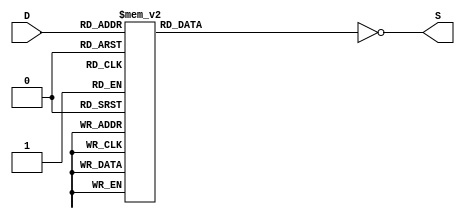
module bin_to_seven_seg(
	 output [6:0] S,
	 input [3:0] D
    );
		
	 reg [6:0] S2;
	 always @(D) begin
			// order is : abcdefg
		 S2 = 7'b0000000;
		 case(D)
			4'h0: S2 = 7'b1111110;	// 0x7E
			4'h1: S2 = 7'b0110000;	// 0x30
			4'h2: S2 = 7'b1101101;	// 0x6D
			4'h3: S2 = 7'b1111001;	// 0x79
			4'h4: S2 = 7'b0110011;	// 0x33
			4'h5: S2 = 7'b1011011;	// 0x5B
			4'h6: S2 = 7'b1011111;	// 0x5F
			4'h7: S2 = 7'b1110000;	// 0x70
			4'h8: S2 = 7'b1111111;	// 0x7F
			4'h9: S2 = 7'b1111011;	// 0x7B
			4'hA: S2 = 7'b1110111;	// 0x77
			4'hB: S2 = 7'b0011111;	// 0x1F
			4'hC: S2 = 7'b1001110;	// 0x4E
			4'hD: S2 = 7'b0111101;	// 0x3D
			4'hE: S2 = 7'b1001111;	// 0x4F
			4'hF: S2 = 7'b1000111;	// 0x47
			
			default: S2 = 7'b0000000;
		 endcase
	 end
	 
	 assign S = ~S2;

endmodule